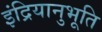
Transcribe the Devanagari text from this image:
इंद्रियानुभूति